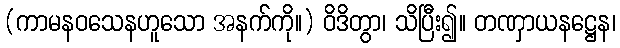
(ကာမနဝသေနဟူသော အနက်ကို။) ဝိဒိတွာ၊ သိပြီး၍။ တဏှာယနဋ္ဌေန၊